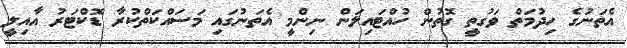
އެތަނުގެ ހިދުމަތް ވަގުތީ ގޮތުން ހުއްޓައިލަން ނިންމީ އެތަނުގައި މަސައްކަތްކުރާ ޑޮކްޓަރު އާއިލީ